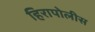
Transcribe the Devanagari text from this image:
हिरापोलीस